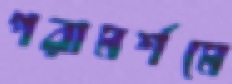
পরামর্শমে